Annual administration report of the Civil Veterinary Department, Ajmere-Merwara, British Rajputana - 1914-1940
Year: 1914
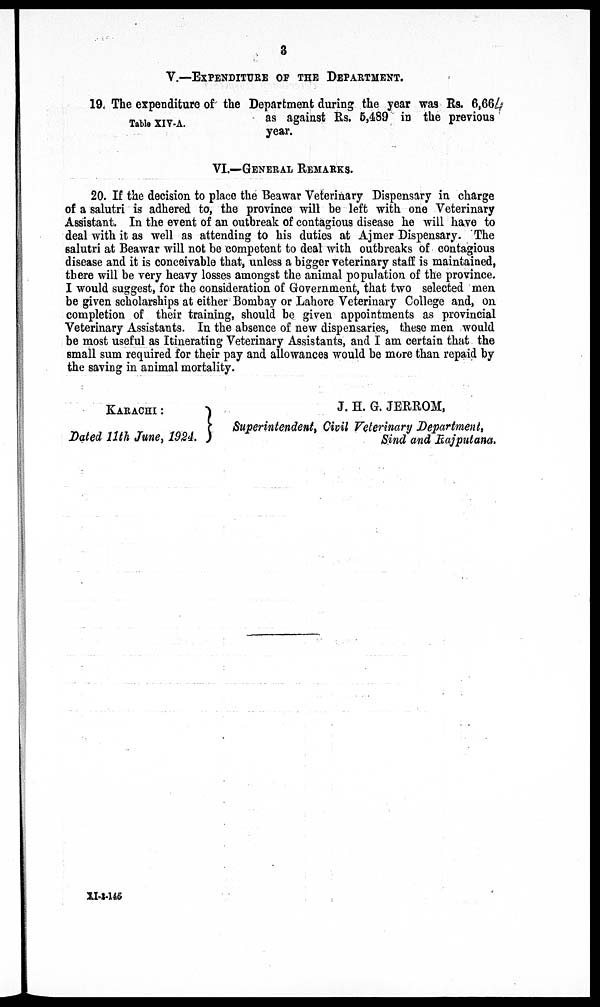
3
V.––EXPENDITURE OF THE DEPARTMENT.
Table XIV-A.
19. The expenditure of the Department during the year was Rs. 6,664
as against Rs. 5,489 in the previous
year.
VI.––GENERAL REMARKS.
20. If the decision to place the Beawar Veterinary Dispensary in charge
of a salutri is adhered to, the province will be left with one Veterinary
Assistant. In the event of an outbreak of contagious disease he will have to
deal with it as well as attending to his duties at Ajmer Dispensary. The
salutri at Beawar will not be competent to deal with outbreaks of contagious
disease and it is conceivable that, unless a bigger veterinary staff is maintained,
there will be very heavy losses amongst the animal population of the province.
I would suggest, for the consideration of Government, that two selected men
be given scholarships at either Bombay or Lahore Veterinary College and, on
completion of their training, should be given appointments as provincial
Veterinary Assistants. In the absence of new dispensaries, these men would
be most useful as Itinerating Veterinary Assistants, and I am certain that the
small sum required for their pay and allowances would be more than repaid by
the saving in animal mortality.
KARACHI:
Dated 11th June,
1924.
J. H. G. JERROM,
Superintendent, Civil Veterinary Department,
Sind and Rajputana.
XI-3-145